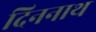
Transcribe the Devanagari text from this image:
दिननाथ